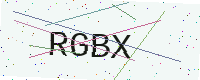
Text: RGBX